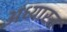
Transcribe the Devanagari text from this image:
अध्यास्त